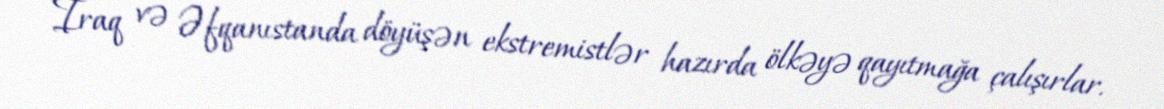
İraq və Əfqanıstanda döyüşən ekstremistlər hazırda ölkəyə qayıtmağa çalışırlar.